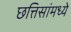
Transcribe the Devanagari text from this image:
छत्तिसांमध्ये